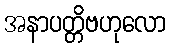
အနာပတ္တိဗဟုလော